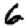
Digit: 6